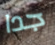
جدا